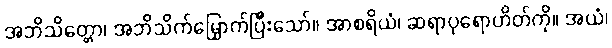
အဘိသိတ္တော၊ အဘိသိက်မြှောက်ပြီးသော်။ အာစရိယံ၊ ဆရာပုရောဟိတ်ကို။ အယံ၊